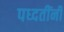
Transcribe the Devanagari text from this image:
पध्दतींनी